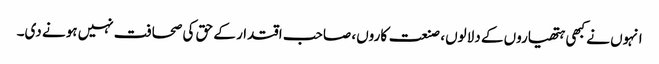
انہوں نے کبھی ہتھیاروں کے دلالوں، صنعت کاروں، صاحب اقتدار کے حق کی صحافت نہیں ہونے دی۔